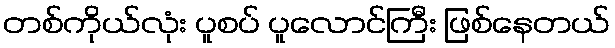
တစ်ကိုယ်လုံး ပူစပ် ပူလောင်ကြီး ဖြစ်နေတယ်